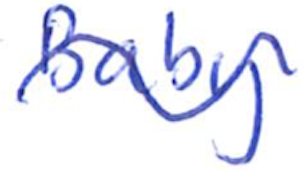
Text: Baby
Cross-out: wave
Writing tool: ballpoint